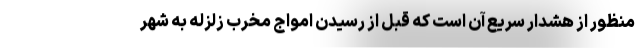
منظور از هشدار سریع آن است که قبل از رسیدن امواج مخرب زلزله به شهر